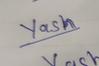
Signature authenticity: genuine